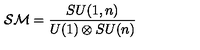
{ \cal S M } = { \frac { S U ( 1 , n ) } { U ( 1 ) \otimes S U ( n ) } }